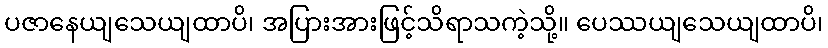
ပဇာနေယျသေယျထာပိ၊ အပြားအားဖြင့်သိရာသကဲ့သို့။ ပေဿယျသေယျထာပိ၊